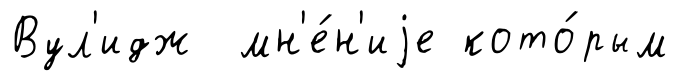
Вул'идж мн'е́н'иjе кото́рым